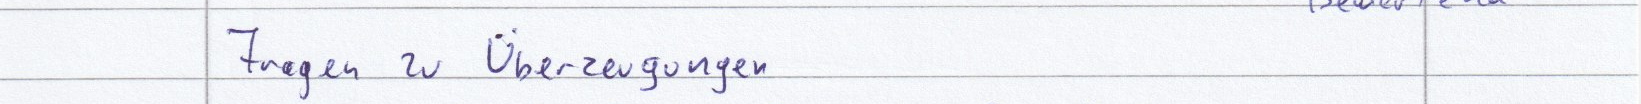
Fragen zu Überzeugungen